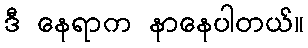
ဒီ နေရာက နာနေပါတယ်။